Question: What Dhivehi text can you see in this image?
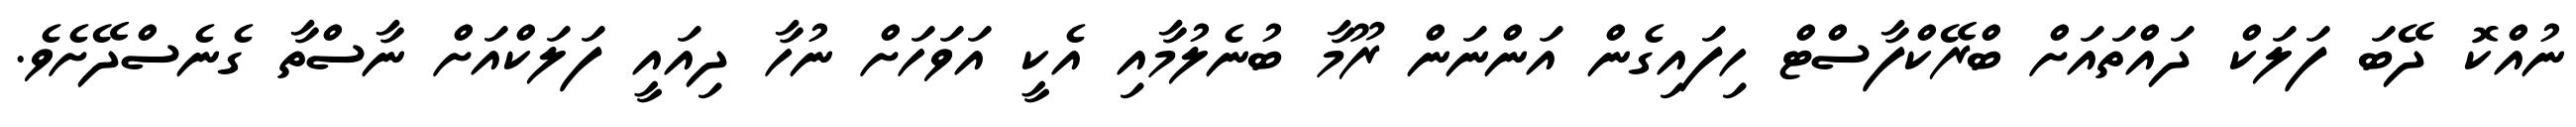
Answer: ނުއްކޮ ދޭބަ ފަލަކް ދައްތައަށް ބްރޭކްފާސްޓް ހިފައިގެން އަންނަން ރޫމާ ބުނެލުމާއި އެކީ އަވަހަށް ނުހާ ދިއައީ ފަލަކްއަށް ނާސްތާ ގެނެސްދޭށެވެ.